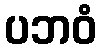
ပဘဝံ